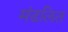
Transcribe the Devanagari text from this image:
मंडलित